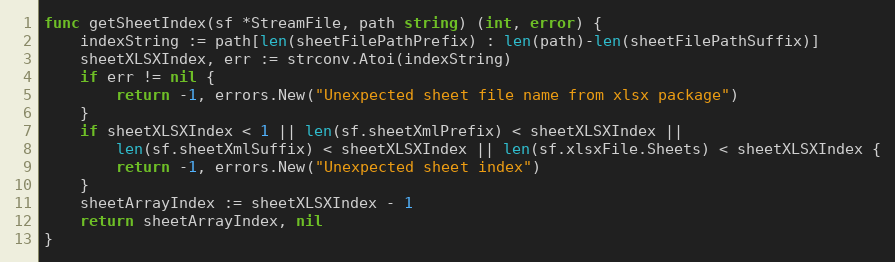
Language: Go
func getSheetIndex(sf *StreamFile, path string) (int, error) {
	indexString := path[len(sheetFilePathPrefix) : len(path)-len(sheetFilePathSuffix)]
	sheetXLSXIndex, err := strconv.Atoi(indexString)
	if err != nil {
		return -1, errors.New("Unexpected sheet file name from xlsx package")
	}
	if sheetXLSXIndex < 1 || len(sf.sheetXmlPrefix) < sheetXLSXIndex ||
		len(sf.sheetXmlSuffix) < sheetXLSXIndex || len(sf.xlsxFile.Sheets) < sheetXLSXIndex {
		return -1, errors.New("Unexpected sheet index")
	}
	sheetArrayIndex := sheetXLSXIndex - 1
	return sheetArrayIndex, nil
}